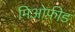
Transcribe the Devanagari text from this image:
मिओफ़ीड